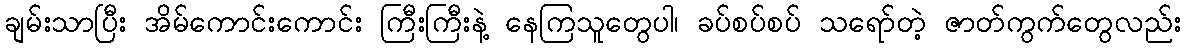
ချမ်းသာပြီး အိမ်ကောင်းကောင်း ကြီးကြီးနဲ့ နေကြသူတွေပါ၊ ခပ်စပ်စပ် သရော်တဲ့ ဇာတ်ကွက်တွေလည်း